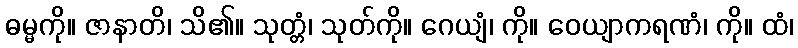
ဓမ္မကို။ ဇာနာတိ၊ သိ၏။ သုတ္တံ၊ သုတ်ကို။ ဂေယျံ၊ ကို။ ဝေယျာကရဏံ၊ ကို။ ထံ၊